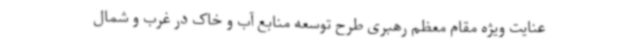
عنایت ویژه مقام معظم رهبری طرح توسعه منابع آب و خاک در غرب و شمال